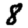
Digit: 8